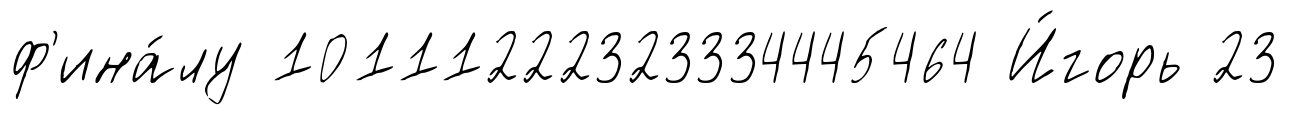
ф'ина́лу 10111222323334445464 И́горь 23